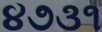
૪૭૩૧